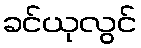
ခင်ယုလွင်